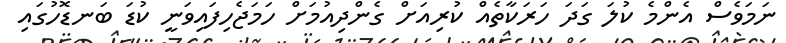
ނަމަވެސް އެންމެ ކުލަ ގަދަ ހަރަކާތެއް ކުރިއަށް ގެންދިއުމަށް ހަމަޖެހިފައިވަނީ ކުޑަ ބަނޑޮހުގައި